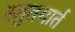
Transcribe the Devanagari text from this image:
स्तुतगार्त